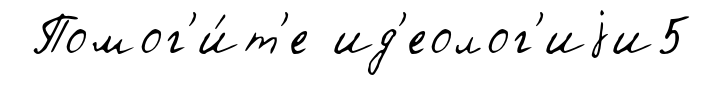
Помог'и́т'е ид'еолог'иjи5